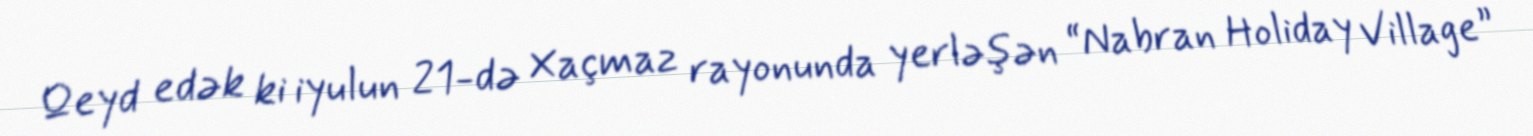
Qeyd edək ki iyulun 21-də Xaçmaz rayonunda yerləşən “Nabran Holiday Village”